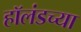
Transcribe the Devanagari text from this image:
हॉलंडच्या